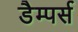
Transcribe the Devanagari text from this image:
डैम्पर्स